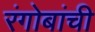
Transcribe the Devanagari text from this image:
रंगोबांची